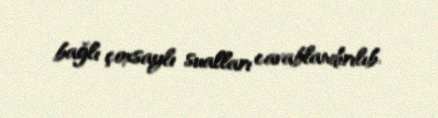
bağlı çoxsaylı sualları cavablandırılıb.